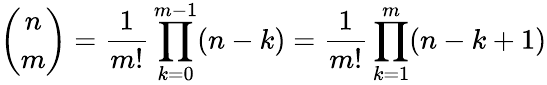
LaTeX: {\binom{n}{m}}={\frac{1}{m!}}\prod_{k=0}^{m-1}(n-k)={\frac{1}{m!}}\prod_{k=1}^{m}(n-k+1)